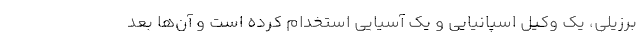
برزیلی، یک وکیل اسپانیایی و یک آسیایی استخدام کرده است و آن‌ها بعد